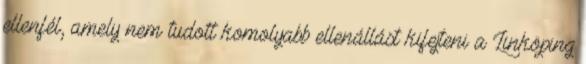
ellenfél, amely nem tudott komolyabb ellenállást kifejteni a Linköping